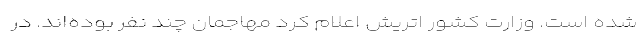
شده‌ است. وزارت کشور اتریش اعلام کرد مهاجمان چند نفر بوده‌اند. در